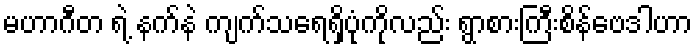
မဟာဂီတ ရဲ့ နက်နဲ ကျက်သရေရှိပုံကိုလည်း ရွာစားကြီးစိန်ဗေဒါဟာ